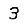
Digit: 3